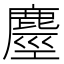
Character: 𪊵